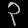
Digit: ၃